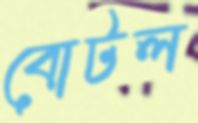
বোটল